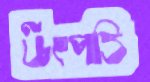
উৎপত্তি